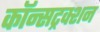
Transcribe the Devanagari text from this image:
कॉन्सट्रक्शन